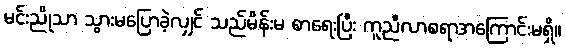
မင်းညိုသာ သွားမပြောခဲ့လျှင် သည်မိန်းမ စာရေးပြီး ကူညီလာစရာအကြောင်းမရှိ။